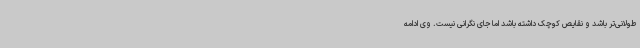
طولانی‌تر باشد و نقایص کوچک داشته باشد اما جای نگرانی نیست. وی ادامه